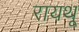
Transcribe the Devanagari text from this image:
रायथू